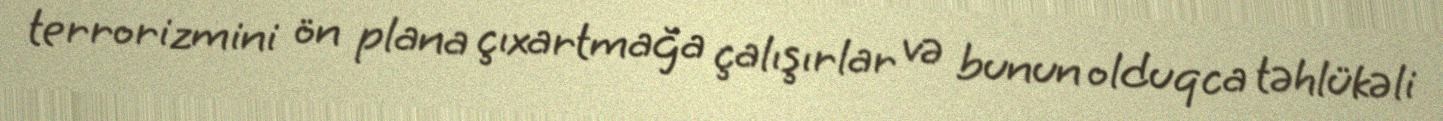
terrorizmini ön plana çıxartmağa çalışırlar və bunun olduqca təhlükəli